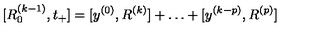
[ R _ { 0 } ^ { ( k - 1 ) } , t _ { + } ] = [ y ^ { ( 0 ) } , R ^ { ( k ) } ] + \ldots + [ y ^ { ( k - p ) } , R ^ { ( p ) } ]